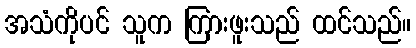
အသံကိုပင် သူက ကြားဖူးသည် ထင်သည်။